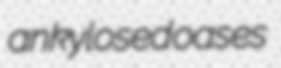
ankylosed oases